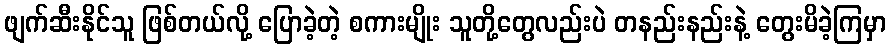
ဖျက်ဆီးနိုင်သူ ဖြစ်တယ်လို့ ပြောခဲ့တဲ့ စကားမျိုး သူတို့တွေလည်းပဲ တနည်းနည်းနဲ့ တွေးမိခဲ့ကြမှာ